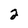
Character: 2